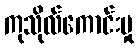
ကုသိုလ်ကောင်းမှု